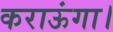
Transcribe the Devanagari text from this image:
कराऊंगा।